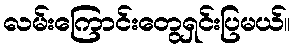
လမ်းကြောင်းတွေရှင်းပြမယ်။